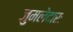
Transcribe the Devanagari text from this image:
जुमलेदारः